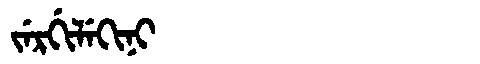
Manchu: ᠵᡝᡵᡤᡳᠯᡝᡴᡳᠨᡳ
Romanization: JERGILEKINI